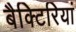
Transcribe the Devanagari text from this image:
बैक्टिरियां